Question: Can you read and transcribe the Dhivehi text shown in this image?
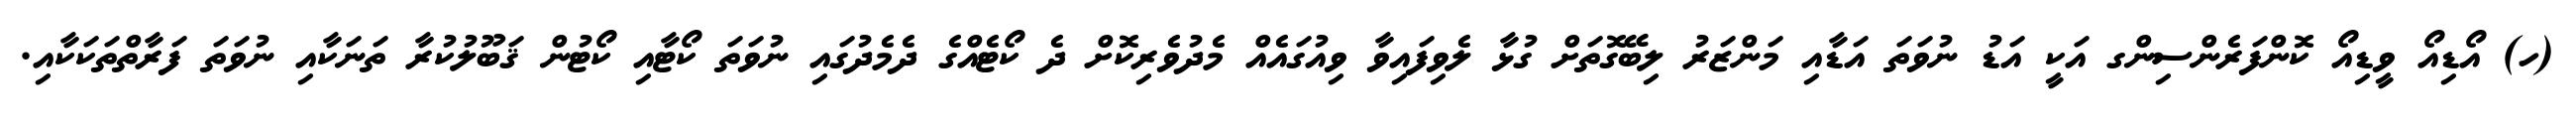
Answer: (ހ) އޯޑިއޯ ވީޑިއޯ ކޮންފަރެންސިންގ އަކީ އަޑު ނުވަތަ އަޑާއި މަންޒަރު ލިބޭގޮތަށް ގުޅާ ލެވިފައިވާ ވިއުގައެއް މެދުވެރިކޮށް ދެ ކޯޓެއްގެ ދެމެދުގައި ނުވަތަ ކޯޓާއި ކޯޓުން ޤަބޫލުކުރާ ތަނަކާއި ނުވަތަ ފަރާތްތަކަކާއި.